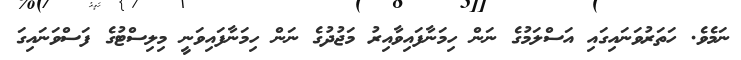
ނަމެވެ. ހަތަރުވަނައިގައި އަސްލަމުގެ ނަން ހިމަނާފައިވާއިރު މަޖުދުގެ ނަން ހިމަނާފައިވަނީ މިލިސްޓުގެ ފަސްވަނައިގަ